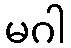
မဂါ